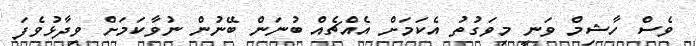
ވެސް ހާޝިމް ވަނީ މިވަގުތު އެކަމަށް އެއްޗެއް ބުނަން ބޭނުން ނުވާކަމަށް ވިދާޅުވެފަ